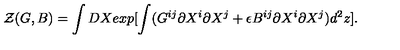
{ \cal Z } ( G , B ) = \int D X e x p [ \int ( G ^ { i j } \partial X ^ { i } \partial X ^ { j } + \epsilon B ^ { i j } \partial X ^ { i } \partial X ^ { j } ) d ^ { 2 } z ] .